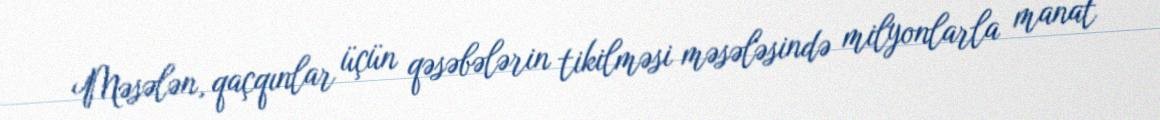
Məsələn, qaçqınlar üçün qəsəbələrin tikilməsi məsələsində milyonlarla manat